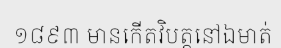
១៨៩៣ មានកើតវិបត្តនៅឯមាត់